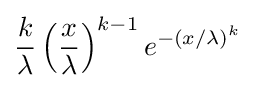
{\frac {k}{\lambda }}\left({\frac {x}{\lambda }}\right)^{k-1}e^{-(x/\lambda )^{k}}